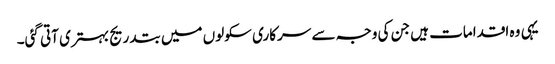
یہی وہ اقدامات ہیں جن کی وجہ سے سرکاری سکولوں میں بتدریج بہتری آتی گئی۔